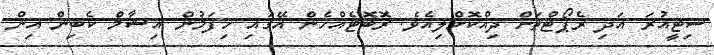
ސިޓީއުރަ އަދި ރެޕޯޓްތަށް ދިއްކޮށްލިއެވެ. ރޮބޮޓެއްހެން އޭގައި ހިފަމުން އިޝާމް ކެބިން އިން